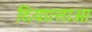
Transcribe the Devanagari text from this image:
दिया।साओ